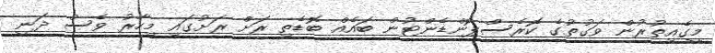
މީގެއިތުރުން ވަގުތުގެ ކޮރެސްޕޮންޑެންޓުން ބައެއް ބޮޑެތި ރަށް ރަށުގައި މިހާރު ވެސް ދަނީ